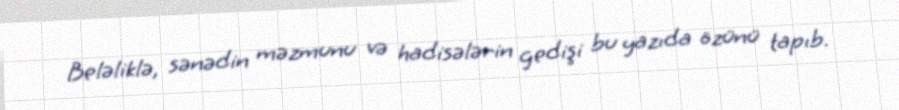
Beləliklə, sənədin məzmunu və hadisələrin gedişi bu yazıda özünü tapıb.